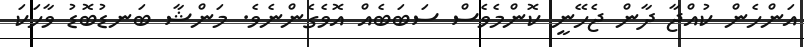
އަންހެން ކުއްޖާ ދާން ޖެހޭނީ ކޮންމެވެސް ސަބަބެއް އޮވެގެންނެވެ. މަންޝާ ބަނޑުބޮޑު ވާހަކަ